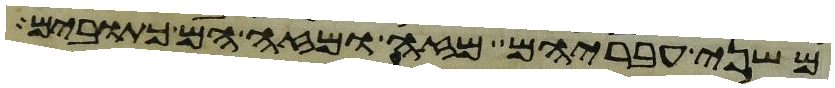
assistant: משני עבריהם מזה ומזה הם כתובים